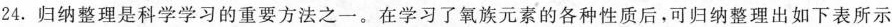
24.归纳整理是科学学习的重要方法之一。在学习了氧族元素的各种性质后，可归纳整理出如下表所示